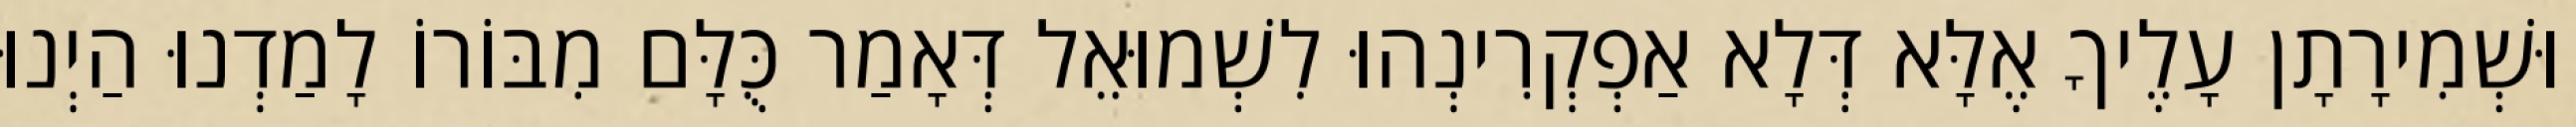
וּשְׁמִירָתָן עָלֶיךָ אֶלָּא דְּלָא אַפְקְרִינְהוּ לִשְׁמוּאֵל דְּאָמַר כֻּלָּם מִבּוֹרוֹ לָמַדְנוּ הַיְנוּ